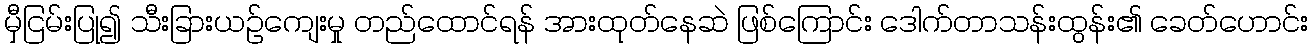
မှီငြမ်းပြု၍ သီးခြားယဉ်ကျေးမှု တည်ထောင်ရန် အားထုတ်နေဆဲ ဖြစ်ကြောင်း ဒေါက်တာသန်းထွန်း၏ ခေတ်ဟောင်း